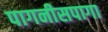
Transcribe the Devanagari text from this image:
पागनीसपागा